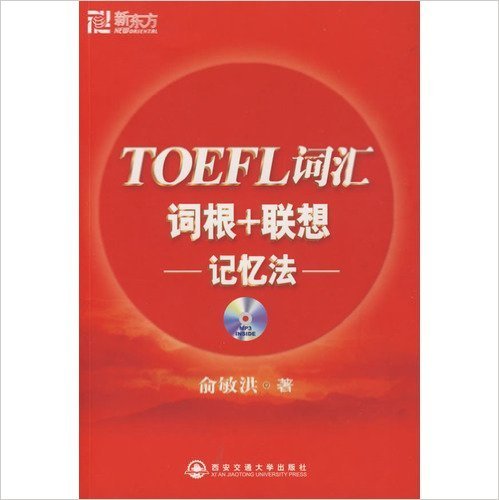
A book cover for TOEFL Vocabulary Root & Associate Memory (Chinese Edition); Yu Min Hong; Test Preparation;